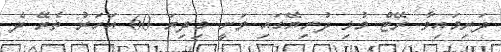
ދަރިމައިވާ ރޭޓް މުޅި ދުނިޔޭގައި ވަނީ މިދިޔަ 60 އަހަރު ތެރޭ ދެ